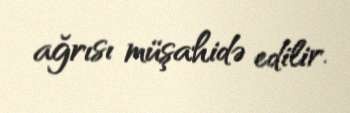
ağrısı müşahidə edilir.